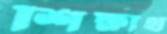
শিক্ষার্থ